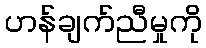
ဟန်ချက်ညီမှုကို